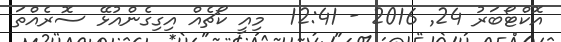
އޮކްޓޯބަރު 24